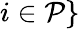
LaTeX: i\in\mathcal{P}\}